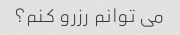
می توانم رزرو کنم؟